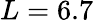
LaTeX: L=6.7